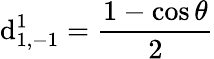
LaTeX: \mathrm{d}_{1,-1}^{1}=\frac{{1-\cos\theta}}{{2}}